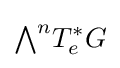
{\textstyle \bigwedge }^{n}T_{e}^{*}G